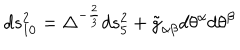
d s _ { 1 0 } ^ { 2 } = \Delta ^ { - \frac { 2 } { 3 } } d s _ { 5 } ^ { 2 } + \tilde { g } _ { \alpha \beta } d \theta ^ { \alpha } d \theta ^ { \beta }